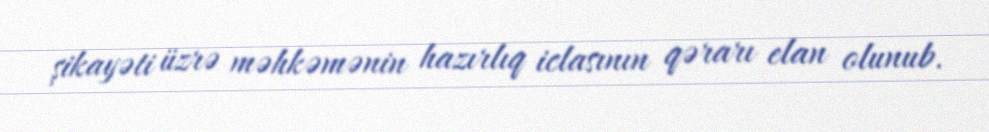
şikayəti üzrə məhkəmənin hazırlıq iclasının qərarı elan olunub.